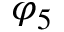
\varphi _ { 5 }